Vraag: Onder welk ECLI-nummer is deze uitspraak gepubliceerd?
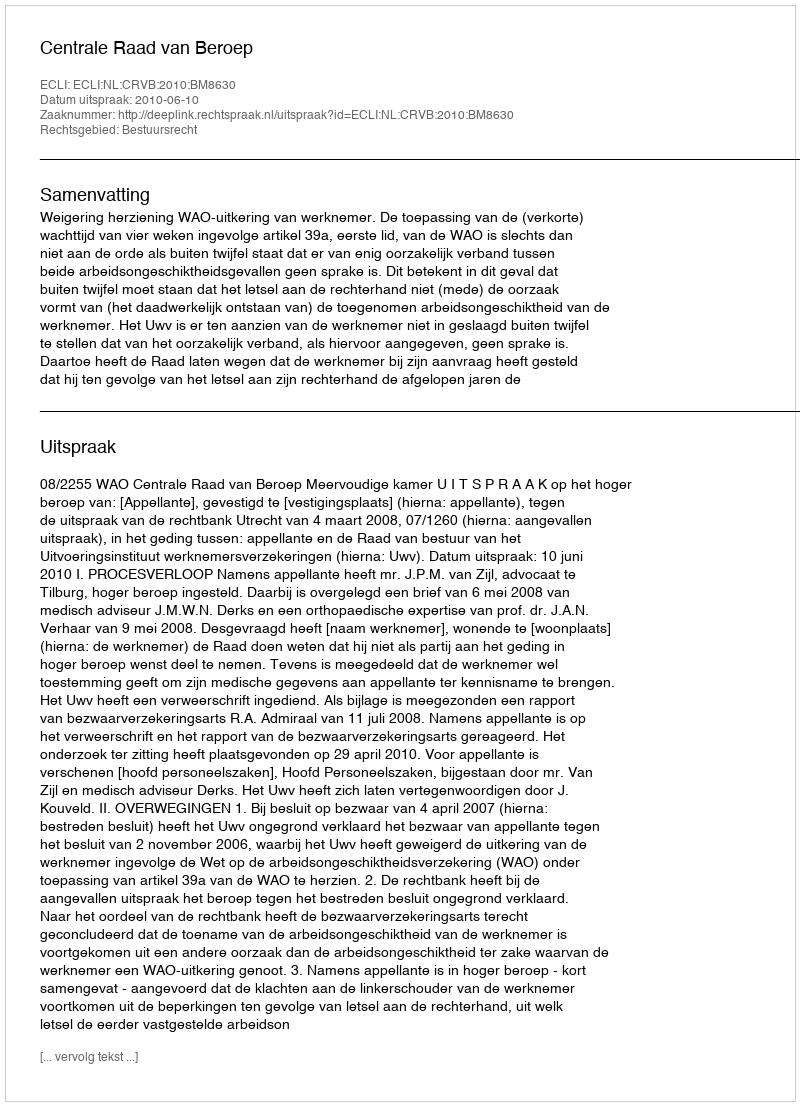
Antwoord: ECLI:NL:CRVB:2010:BM8630